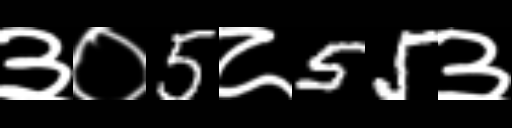
Text: ३०5८55३